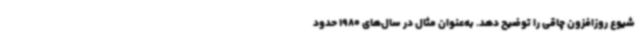
شیوع روزافزون چاقی را توضیح دهد. به‌عنوان مثال در سال‌های 1980 حدود